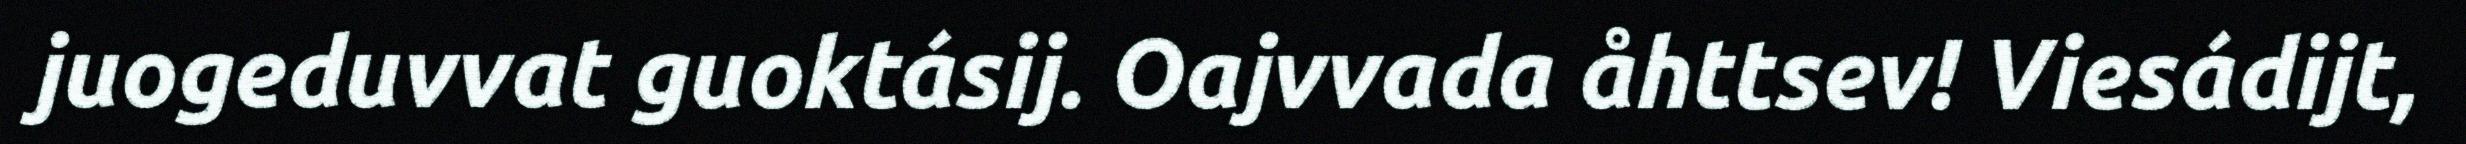
juogeduvvat guoktásij. Oajvvada åhttsev! Viesádijt,